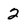
Character: 2